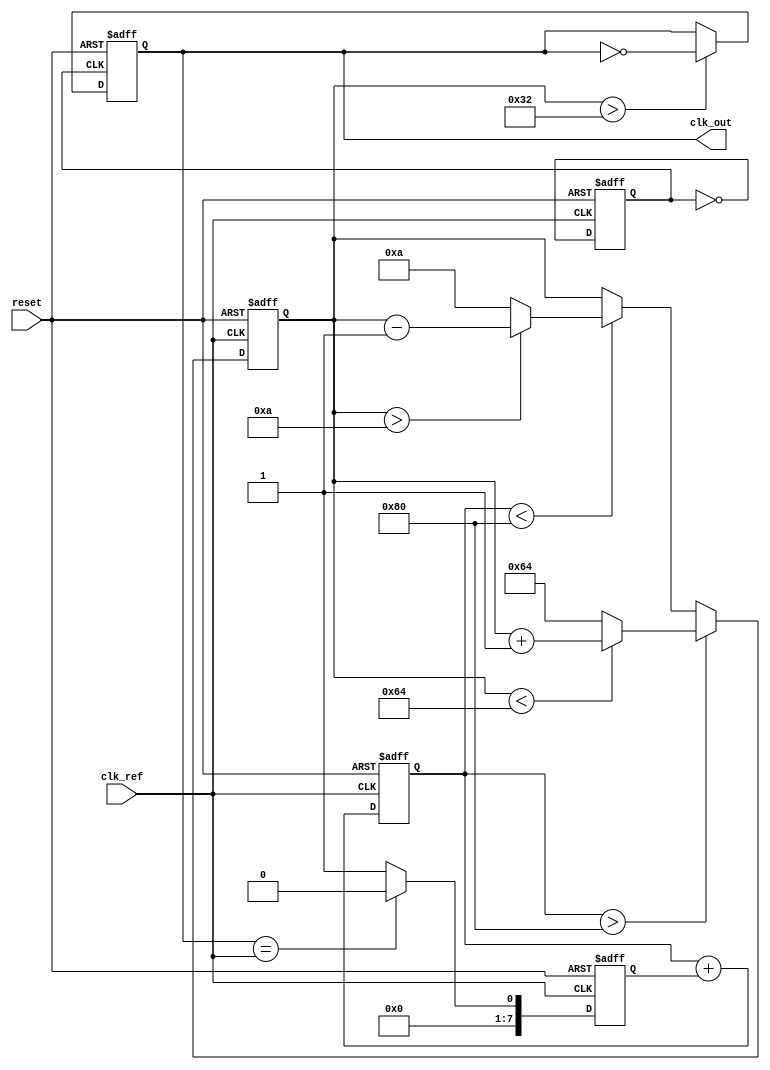
module dual_loop_pll (
    input wire clk_ref,          // Reference clock input
    input wire reset,            // Reset signal
    output reg clk_out           // Output clock
);

// Parameters
parameter DIV_FACTOR = 4;      // Frequency divider factor
parameter VCO_MAX_FREQ = 100;  // Max frequency for VCO
parameter VCO_MIN_FREQ = 10;    // Min frequency for VCO

// Internal signals
reg [7:0] phase_error;          // Phase error signal
reg [7:0] control_voltage;       // Control voltage for VCO
reg [7:0] vco_freq;              // Current frequency of VCO
reg clk_div;                    // Divided clock signal

// Phase Detector (PD)
always @(posedge clk_ref or posedge reset) begin
    if (reset) begin
        phase_error <= 0;
    end else begin
        // Simple phase error calculation (for illustration)
        // In practice, this would involve more complex logic
        phase_error <= (clk_out == clk_ref) ? 0 : 1; // Example phase error
    end
end

// Loop Filter (LF)
always @(posedge clk_ref or posedge reset) begin
    if (reset) begin
        control_voltage <= 0;
    end else begin
        // Simple loop filter (integrator)
        control_voltage <= control_voltage + phase_error; // Integrate phase error
    end
end

// Voltage-Controlled Oscillator (VCO)
always @(posedge clk_ref or posedge reset) begin
    if (reset) begin
        vco_freq <= VCO_MIN_FREQ;
    end else begin
        // Adjust VCO frequency based on control voltage
        if (control_voltage > 128) begin
            vco_freq <= (vco_freq < VCO_MAX_FREQ) ? vco_freq + 1 : VCO_MAX_FREQ;
        end else if (control_voltage < 128) begin
            vco_freq <= (vco_freq > VCO_MIN_FREQ) ? vco_freq - 1 : VCO_MIN_FREQ;
        end
    end
end

// Frequency Divider
always @(posedge clk_ref or posedge reset) begin
    if (reset) begin
        clk_div <= 0;
    end else begin
        // Simple frequency divider
        clk_div <= ~clk_div; // Toggle clock
    end
end

// Output Clock Generation
always @(posedge clk_div or posedge reset) begin
    if (reset) begin
        clk_out <= 0;
    end else begin
        // Generate output clock based on VCO frequency
        clk_out <= (vco_freq > 50) ? ~clk_out : clk_out; // Example condition
    end
end

endmodule